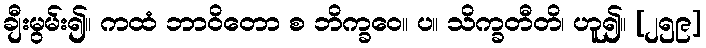
ချီးမွမ်း၍။ ကထံ ဘာဝိတော စ ဘိက္ခဝေ။ ပ။ သိက္ခတီတိ၊ ဟူ၍။ [၂၅၉]